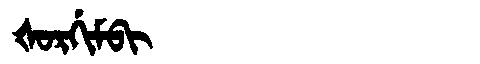
Manchu: ᡧᠣᡵᡤᡳᠮᠪᡳ
Romanization: ŠORGIMBI